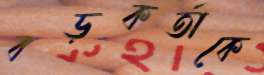
বড়কর্তাকে